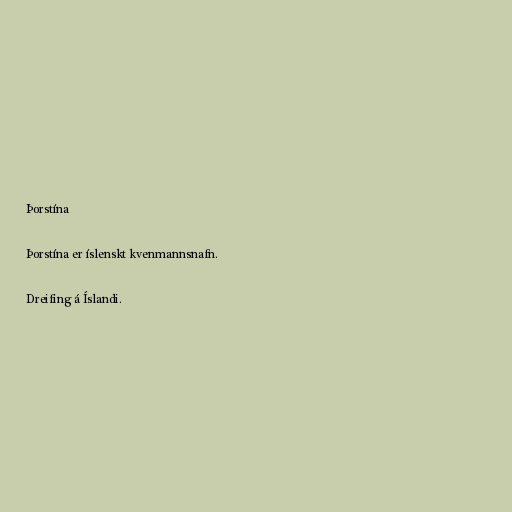
Þorstína

Þorstína er íslenskt kvenmannsnafn.

Dreifing á Íslandi.